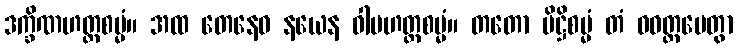
ဒက္ခိဏဟတ္ထစမ္မံ။ အထ တေနေဝ နယေန ဝါမဟတ္ထစမ္မံ။ တတော ပိဋ္ဌိစမ္မံ တံ ဝဝတ္ထပေတွာ